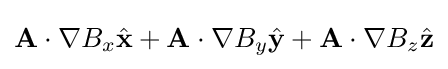
\mathbf {A} \cdot \nabla B_{x}{\hat {\mathbf {x} }}+\mathbf {A} \cdot \nabla B_{y}{\hat {\mathbf {y} }}+\mathbf {A} \cdot \nabla B_{z}{\hat {\mathbf {z} }}